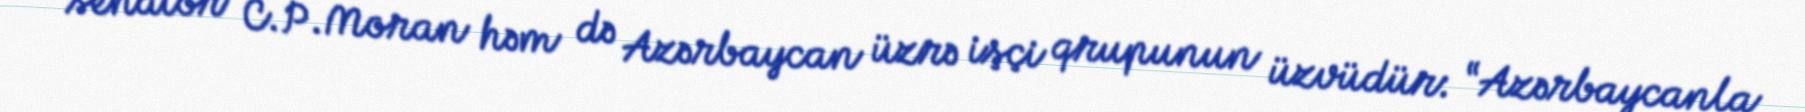
senator C.P.Moran həm də Azərbaycan üzrə işçi qrupunun üzvüdür: “Azərbaycanla